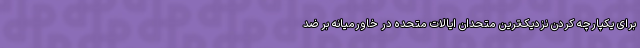
برای یکپارچه کردن نزدیک‌ترین متحدان ایالات متحده در خاورمیانه بر ضد